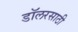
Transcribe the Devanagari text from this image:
डॉलरसाठी